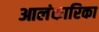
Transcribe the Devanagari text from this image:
आलंकारिका